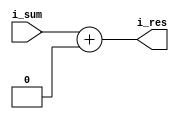
module Sumador_Base(
    input i_sum,
    output reg i_res
    );
    assign i_res = i_sum + 4;

endmodule